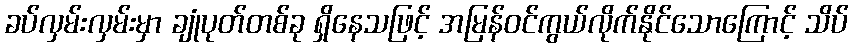
ခပ်လှမ်းလှမ်းမှာ ချုံပုတ်တစ်ခု ရှိနေသဖြင့် အမြန်ဝင်ကွယ်လိုက်နိုင်သောကြောင့် သိပ်